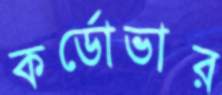
কর্ডোভার